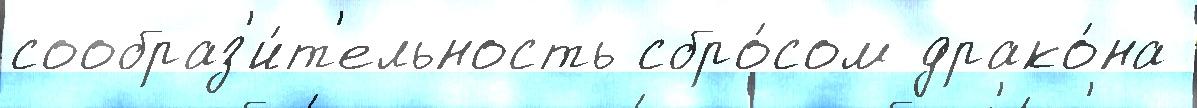
сообраз'и́т'ельность сбро́сом драко́на